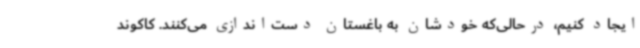
ایجاد کنیم، درحالی‌که خودشان به باغستان دست‌اندازی می‌کنند. کاکوند